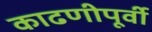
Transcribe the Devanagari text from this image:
काढणीपूर्वी